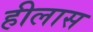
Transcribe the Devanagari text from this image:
हीलास